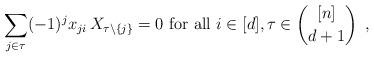
LaTeX: \begin{align*}\sum_{j \in \tau} (-1)^{j}x_{ji}\, X_{\tau \setminus \{j\}} = 0 \mbox{ for all } i \in [d], \tau \in \binom{[n]}{d+1} \enspace , \end{align*}